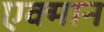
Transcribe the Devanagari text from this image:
एक्मान